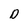
Character: D